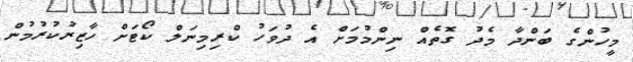
މީހުންގެ ބަންދާ މެދު ގޮތެއް ނިންމުމަށް އެ ދުވަހު ކްރިމިނަލް ކޯޓަށް ހާޒިރުކުރުމުން